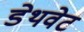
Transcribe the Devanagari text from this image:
डेथवेट